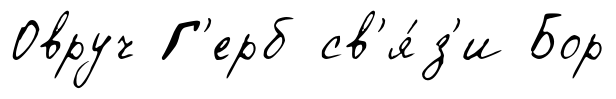
Овруч Г'ерб св'я́з'и Бор